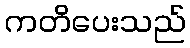
ကတိပေးသည်